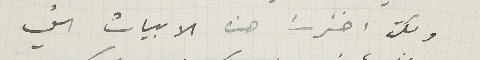
ولكن اخترت هذه الابيات التي